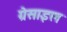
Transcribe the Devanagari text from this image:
ग्रेसाइल